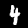
Label: 4